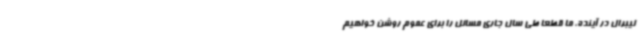
لیبرال در آینده، ما قطعاً طی سال جاری مسائل را برای عموم روشن خواهیم